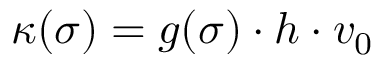
\kappa ( \sigma ) = g ( \sigma ) \cdot h \cdot v _ { 0 }